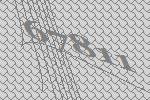
67811